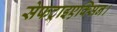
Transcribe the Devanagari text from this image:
सेफट्राइएक्सिन।